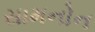
સામનોન